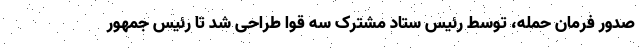
صدور فرمان حمله، توسط رئیس ستاد مشترک سه قوا طراحی شد تا رئیس جمهور